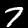
Digit: 7